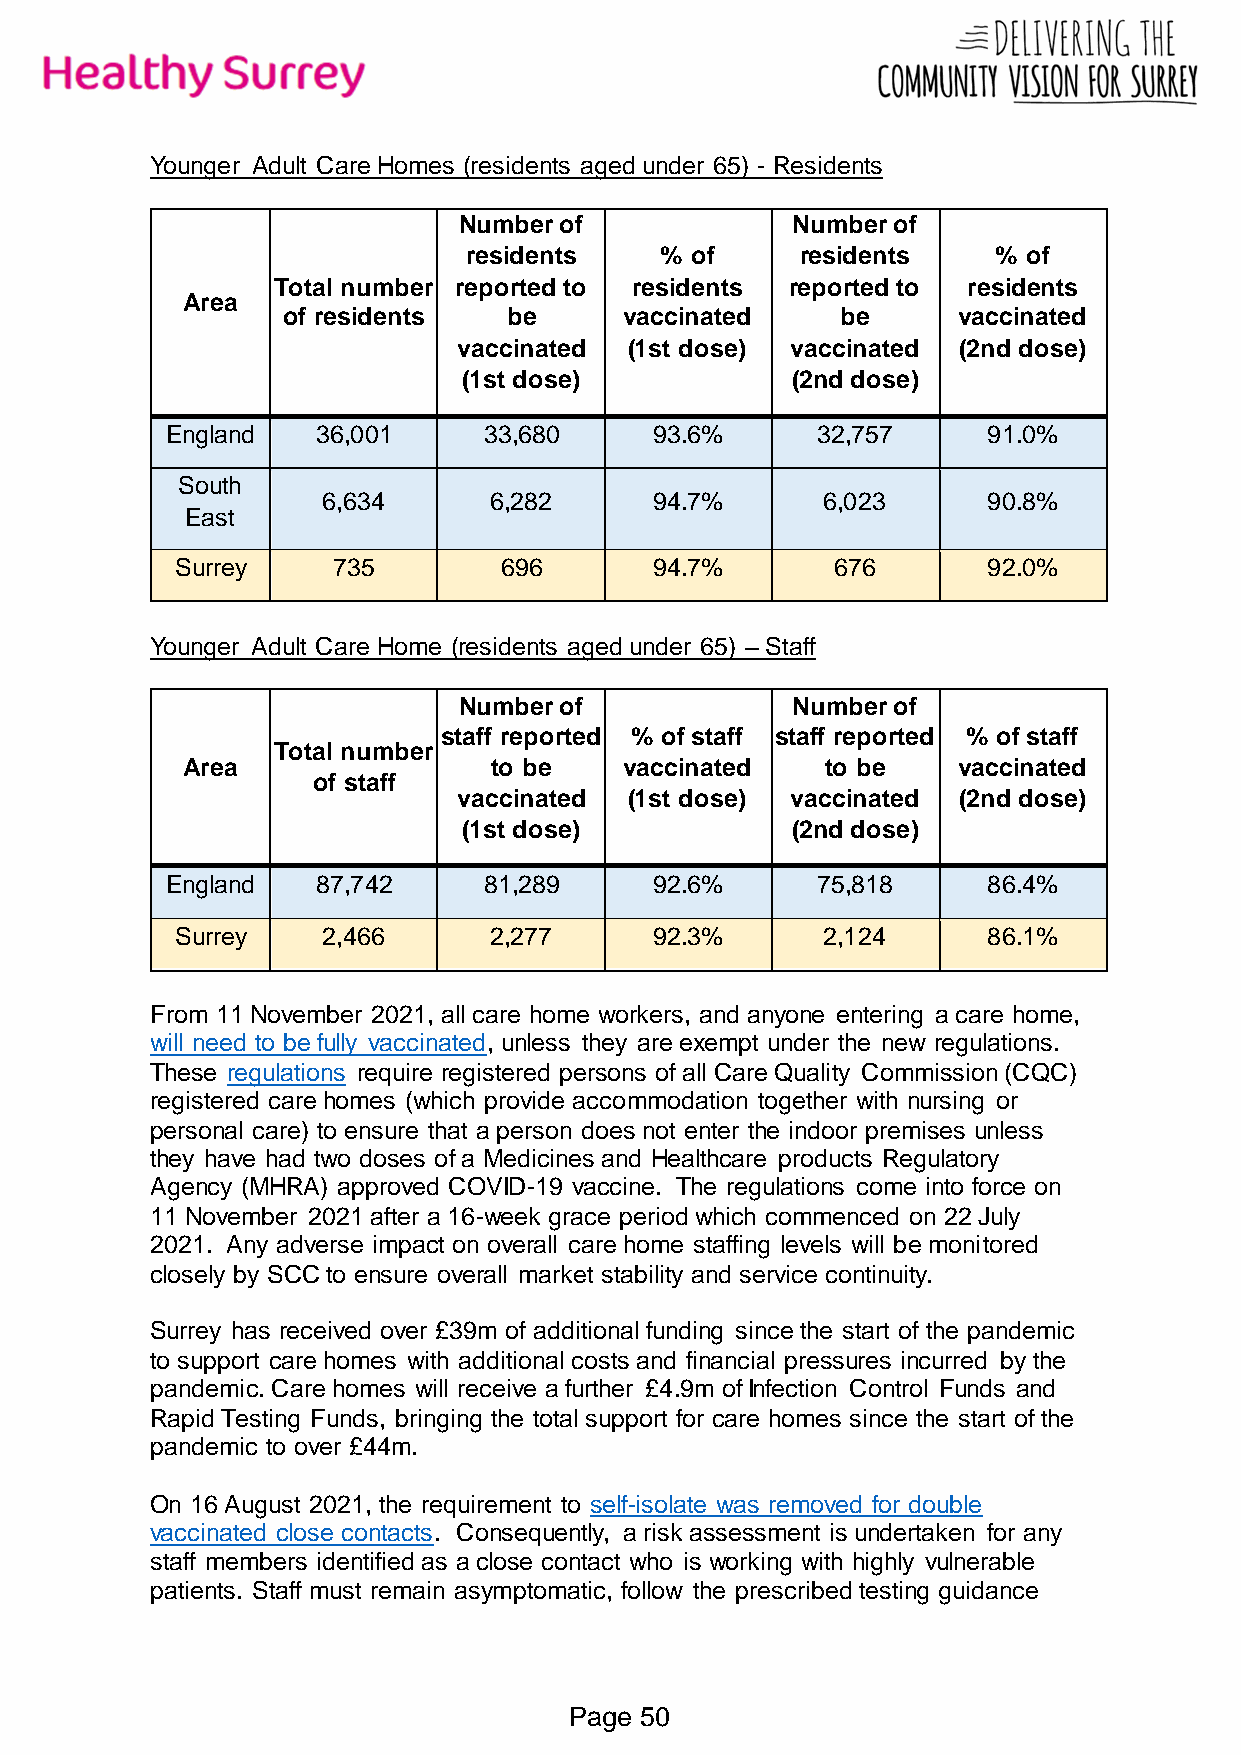
Younger Adult Care Homes (residents aged under 65) - Residents
 Number of             Number of
 residents    % of     residents    % of
 Total number reported to residents reported to residents
 Area
 of residents   be     vaccinated     be     vaccinated
 vaccinated  (1st dose) vaccinated (2nd dose)
 (1st dose)           (2nd dose)
 England   36,001     33,680     93.6%      32,757     91.0%
 South
 6,634      6,282      94.7%      6,023      90.8%
 East
 Surrey    735        696       94.7%       676       92.0%
 Younger Adult Care Home (residents aged under 65) – Staff
 Number of             Number of
 staff reported % of staff staff reported % of staff
 Total number
 Area                 to be   vaccinated    to be   vaccinated
 of staff
 vaccinated  (1st dose) vaccinated (2nd dose)
 (1st dose)           (2nd dose)
 England   87,742     81,289     92.6%      75,818     86.4%
 Surrey   2,466      2,277      92.3%      2,124      86.1%
 From 11 November 2021, all care home workers, and anyone entering a care home,
 will need to be fully vaccinated, unless they are exempt under the new regulations.
 These regulations require registered persons of all Care Quality Commission (CQC)
 registered care homes (which provide accommodation together with nursing or
 personal care) to ensure that a person does not enter the indoor premises unless
 they have had two doses of a Medicines and Healthcare products Regulatory
 Agency (MHRA) approved COVID-19 vaccine. The regulations come into force on
 11 November 2021 after a 16-week grace period which commenced on 22 July
 2021. Any adverse impact on overall care home staffing levels will be monitored
 closely by SCC to ensure overall market stability and service continuity.
 Surrey has received over £39m of additional funding since the start of the pandemic
 to support care homes with additional costs and financial pressures incurred by the
 pandemic. Care homes will receive a further £4.9m of Infection Control Funds and
 Rapid Testing Funds, bringing the total support for care homes since the start of the
 pandemic to over £44m.
 On 16 August 2021, the requirement to self-isolate was removed for double
 vaccinated close contacts. Consequently, a risk assessment is undertaken for any
 staff members identified as a close contact who is working with highly vulnerable
 patients. Staff must remain asymptomatic, follow the prescribed testing guidance
 Page 50